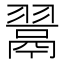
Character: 𮋎